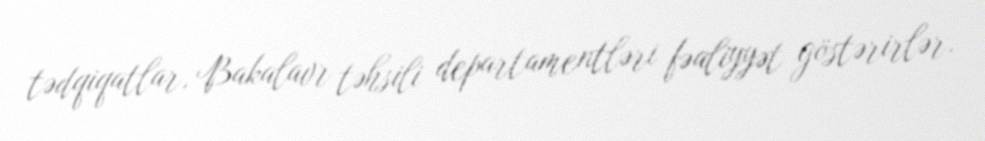
tədqiqatlar, Bakalavr təhsili departamentləri fəaliyyət göstərirlər.